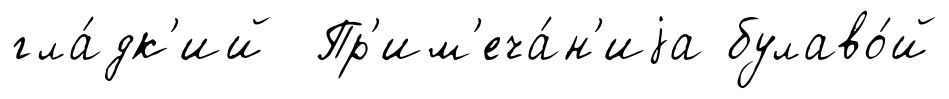
гла́дк'ий Пр'им'еча́н'иjа булаво́й